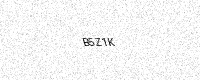
Text: B5Z1K